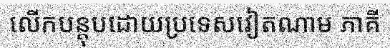
លើកបន្តុបដោយប្រទេសវៀតណាម ភាគី